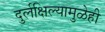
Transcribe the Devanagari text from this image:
दुर्लक्षिल्यामुळेही